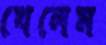
খেলেম